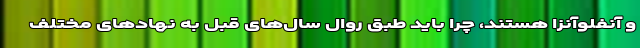
و آنفلوآنزا هستند، چرا باید طبق روال سال‌های قبل به نهادهای مختلف